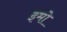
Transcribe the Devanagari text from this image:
इमो